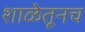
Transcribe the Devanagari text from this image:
शाळेतूनच